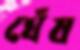
ঘেঁষ